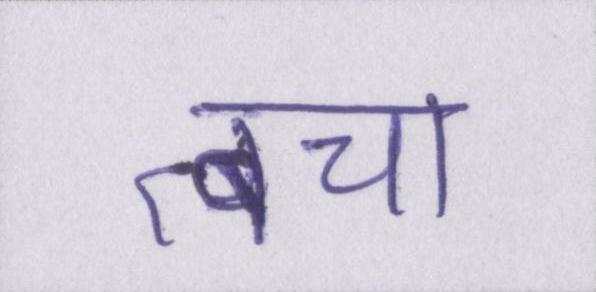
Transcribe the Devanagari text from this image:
त्वचा